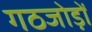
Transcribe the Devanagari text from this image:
गठजोड़ों